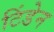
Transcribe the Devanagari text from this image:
टिंडेन